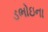
ડભોઇના